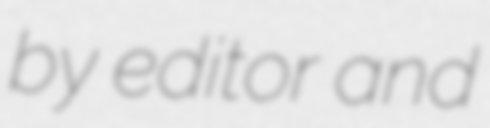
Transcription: by editor and